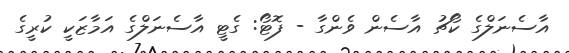
އާސެނަލްގެ ކޯޗު އާސެން ވެންގާ - ފޮޓޯ: ގެޓީ އާސެނަލްގެ އަމާޒަކީ ކުރީގެ